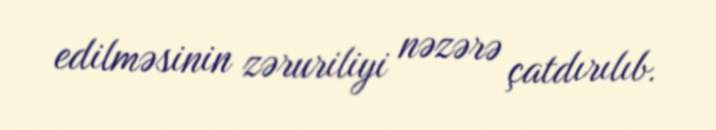
edilməsinin zəruriliyi nəzərə çatdırılıb.